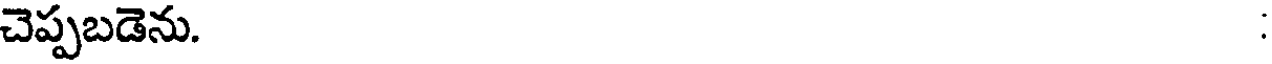
చెప్పబడెను.